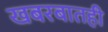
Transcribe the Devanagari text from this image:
खबरबातही